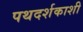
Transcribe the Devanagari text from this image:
पथदर्शकाशी